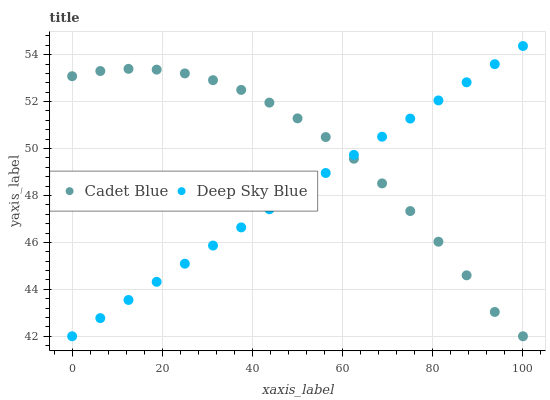
| xaxis_label | Cadet Blue | Deep Sky Blue |
 | --- | --- | --- |
 | 0 | 53.1 | 42 |
 | 6.25 | 53.3 | 42.8 |
 | 12.5 | 53.4 | 43.5 |
 | 18.8 | 53.4 | 44.3 |
 | 25 | 53.2 | 45.1 |
 | 31.2 | 52.9 | 45.9 |
 | 37.5 | 52.5 | 46.6 |
 | 43.8 | 52 | 47.4 |
 | 50 | 51.3 | 48.2 |
 | 56.2 | 50.5 | 49 |
 | 62.5 | 49.6 | 49.7 |
 | 68.8 | 48.5 | 50.5 |
 | 75 | 47.3 | 51.3 |
 | 81.2 | 46 | 52.1 |
 | 87.5 | 44.6 | 52.8 |
 | 93.8 | 43 | 53.6 |
 | 100 | 42 | 54.4 |